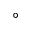
^ \circ